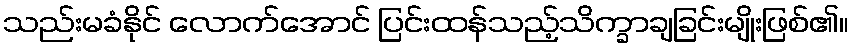
သည်းမခံနိုင် လောက်အောင် ပြင်းထန်သည့်သိက္ခာချခြင်းမျိုးဖြစ်၏။